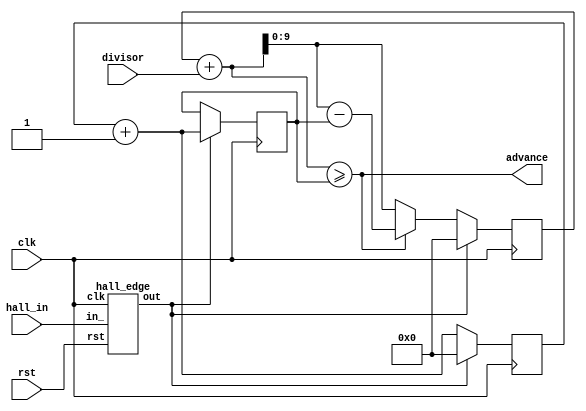
/* Generated by Yosys 0.23 (git sha1 7ce5011c24b) */

module _pulser(rst, hall_in, divisor, advance, clk);
  reg \$auto$verilog_backend.cc:2083:dump_module$1  = 0;
  wire [9:0] \$1 ;
  wire [10:0] \$10 ;
  wire [10:0] \$11 ;
  wire [10:0] \$13 ;
  wire [11:0] \$15 ;
  wire [9:0] \$16 ;
  wire [10:0] \$18 ;
  wire [11:0] \$20 ;
  wire [10:0] \$22 ;
  wire [9:0] \$23 ;
  wire [10:0] \$25 ;
  wire [10:0] \$3 ;
  wire \$5 ;
  wire [10:0] \$7 ;
  wire [10:0] \$8 ;
  reg [9:0] _comparison_signal = 10'h000;
  reg [9:0] \_comparison_signal$next ;
  reg [9:0] _counter = 10'h000;
  reg [9:0] \_counter$next ;
  reg [9:0] _last_total = 10'h000;
  reg [9:0] \_last_total$next ;
  output advance;
  wire advance;
  input clk;
  wire clk;
  input [9:0] divisor;
  wire [9:0] divisor;
  wire hall_edge_in_;
  wire hall_edge_out;
  input hall_in;
  wire hall_in;
  input rst;
  wire rst;
  assign \$11  = _counter + 1'h1;
  assign \$18  = _comparison_signal + \$16 ;
  assign \$20  = \$18  - _last_total;
  assign \$25  = _comparison_signal + \$23 ;
  always @(posedge clk)
    _counter <= \_counter$next ;
  always @(posedge clk)
    _last_total <= \_last_total$next ;
  always @(posedge clk)
    _comparison_signal <= \_comparison_signal$next ;
  assign \$3  = _comparison_signal + \$1 ;
  assign \$5  = \$3  >= _last_total;
  assign \$8  = _counter + 1'h1;
  hall_edge hall_edge (
    .clk(clk),
    .in_(hall_edge_in_),
    .out(hall_edge_out),
    .rst(rst)
  );
  always @* begin
    if (\$auto$verilog_backend.cc:2083:dump_module$1 ) begin end
    (* full_case = 32'd1 *)
    casez (hall_edge_out)
      1'h1:
          \_counter$next  = 10'h000;
      default:
          \_counter$next  = \$8 [9:0];
    endcase
  end
  always @* begin
    if (\$auto$verilog_backend.cc:2083:dump_module$1 ) begin end
    \_last_total$next  = _last_total;
    casez (hall_edge_out)
      1'h1:
          \_last_total$next  = \$13 [9:0];
    endcase
  end
  always @* begin
    if (\$auto$verilog_backend.cc:2083:dump_module$1 ) begin end
    (* full_case = 32'd1 *)
    casez (hall_edge_out)
      1'h1:
          \_comparison_signal$next  = 10'h000;
      default:
          (* full_case = 32'd1 *)
          casez (advance)
            1'h1:
                \_comparison_signal$next  = \$20 [9:0];
            default:
                \_comparison_signal$next  = \$25 [9:0];
          endcase
    endcase
  end
  assign \$7  = \$8 ;
  assign \$10  = \$13 ;
  assign \$15  = \$20 ;
  assign \$22  = \$25 ;
  assign advance = \$5 ;
  assign hall_edge_in_ = hall_in;
  assign \$1  = divisor;
  assign \$13  = \$11 ;
  assign \$16  = divisor;
  assign \$23  = divisor;
endmodule

module controller(rst, hall_in, cs_n, advance, divisor, oe, clk);
  reg \$auto$verilog_backend.cc:2083:dump_module$2  = 0;
  wire \$1 ;
  wire \$11 ;
  wire [6:0] \$13 ;
  wire [6:0] \$14 ;
  wire \$3 ;
  wire \$5 ;
  wire \$7 ;
  wire \$9 ;
  reg [5:0] _count = 6'h00;
  reg [5:0] \_count$next ;
  wire _pulser_advance;
  wire [9:0] _pulser_divisor;
  wire _pulser_hall_in;
  reg _state = 1'h0;
  reg \_state$next ;
  output advance;
  wire advance;
  input clk;
  wire clk;
  input cs_n;
  wire cs_n;
  input [9:0] divisor;
  wire [9:0] divisor;
  wire hall_edge_in_;
  wire hall_edge_out;
  input hall_in;
  wire hall_in;
  output oe;
  wire oe;
  input rst;
  wire rst;
  assign \$9  = _count >= 6'h20;
  assign \$11  = oe & _pulser_advance;
  assign \$14  = _count + 1'h1;
  always @(posedge clk)
    _state <= \_state$next ;
  always @(posedge clk)
    _count <= \_count$next ;
  assign \$1  = _pulser_advance & oe;
  assign \$3  = cs_n & _state;
  assign \$5  = _count < 6'h20;
  assign \$7  = \$3  & \$5 ;
  _pulser _pulser (
    .advance(_pulser_advance),
    .clk(clk),
    .divisor(_pulser_divisor),
    .hall_in(_pulser_hall_in),
    .rst(rst)
  );
  \hall_edge$1  hall_edge (
    .clk(clk),
    .in_(hall_edge_in_),
    .out(hall_edge_out),
    .rst(rst)
  );
  always @* begin
    if (\$auto$verilog_backend.cc:2083:dump_module$2 ) begin end
    \_state$next  = _state;
    (* full_case = 32'd1 *)
    casez (cs_n)
      1'h1:
          casez (hall_edge_out)
            1'h1:
                \_state$next  = 1'h1;
          endcase
      default:
          \_state$next  = 1'h0;
    endcase
  end
  always @* begin
    if (\$auto$verilog_backend.cc:2083:dump_module$2 ) begin end
    \_count$next  = _count;
    (* full_case = 32'd1 *)
    casez (cs_n)
      1'h1:
          casez (hall_edge_out)
            1'h1:
                casez (\$9 )
                  1'h1:
                      \_count$next  = 6'h00;
                endcase
          endcase
      default:
          \_count$next  = 6'h20;
    endcase
    casez (\$11 )
      1'h1:
          \_count$next  = \$14 [5:0];
    endcase
  end
  assign \$13  = \$14 ;
  assign oe = \$7 ;
  assign hall_edge_in_ = hall_in;
  assign advance = \$1 ;
  assign _pulser_divisor = divisor;
  assign _pulser_hall_in = hall_in;
endmodule

module display(rst, cs_n, sck, mosi, hall_in, hall_invert, divisor, leds, clk);
  reg \$auto$verilog_backend.cc:2083:dump_module$3  = 0;
  wire \$1 ;
  wire \$3 ;
  input clk;
  wire clk;
  wire controller_advance;
  wire controller_cs_n;
  reg [9:0] controller_divisor;
  wire controller_hall_in;
  wire controller_oe;
  input cs_n;
  wire cs_n;
  input [1:0] divisor;
  wire [1:0] divisor;
  input hall_in;
  wire hall_in;
  input hall_invert;
  wire hall_invert;
  output [7:0] leds;
  reg [7:0] leds;
  wire mem_advance;
  wire [7:0] mem_in_;
  wire [7:0] mem_out;
  wire mem_write;
  input mosi;
  wire mosi;
  input rst;
  wire rst;
  input sck;
  wire sck;
  wire spi_cs_n;
  wire [7:0] spi_data;
  wire spi_mosi;
  wire spi_sck;
  wire spi_we;
  assign \$1  = hall_in ^ hall_invert;
  assign \$3  = controller_advance | spi_we;
  controller controller (
    .advance(controller_advance),
    .clk(clk),
    .cs_n(controller_cs_n),
    .divisor(controller_divisor),
    .hall_in(controller_hall_in),
    .oe(controller_oe),
    .rst(rst)
  );
  mem mem (
    .advance(mem_advance),
    .clk(clk),
    .in_(mem_in_),
    .out(mem_out),
    .rst(rst),
    .write(mem_write)
  );
  spi spi (
    .clk(clk),
    .cs_n(spi_cs_n),
    .data(spi_data),
    .mosi(spi_mosi),
    .rst(rst),
    .sck(spi_sck),
    .we(spi_we)
  );
  always @* begin
    if (\$auto$verilog_backend.cc:2083:dump_module$3 ) begin end
    (* full_case = 32'd1 *)
    casez (divisor)
      2'h0:
          controller_divisor = 10'h030;
      2'h1:
          controller_divisor = 10'h040;
      2'h2:
          controller_divisor = 10'h060;
      2'h3:
          controller_divisor = 10'h080;
    endcase
  end
  always @* begin
    if (\$auto$verilog_backend.cc:2083:dump_module$3 ) begin end
    (* full_case = 32'd1 *)
    casez (controller_oe)
      1'h1:
          leds = mem_out;
      default:
          leds = 8'h00;
    endcase
  end
  assign mem_advance = \$3 ;
  assign mem_write = spi_we;
  assign mem_in_ = spi_data;
  assign controller_cs_n = cs_n;
  assign controller_hall_in = \$1 ;
  assign spi_mosi = mosi;
  assign spi_sck = sck;
  assign spi_cs_n = cs_n;
endmodule

module dratini0_pov_display_top(io_out, io_in);
  wire display_clk;
  wire display_cs_n;
  wire [1:0] display_divisor;
  wire display_hall_in;
  wire display_hall_invert;
  wire [7:0] display_leds;
  wire display_mosi;
  wire display_rst;
  wire display_sck;
  input [7:0] io_in;
  wire [7:0] io_in;
  output [7:0] io_out;
  wire [7:0] io_out;
  display display (
    .clk(display_clk),
    .cs_n(display_cs_n),
    .divisor(display_divisor),
    .hall_in(display_hall_in),
    .hall_invert(display_hall_invert),
    .leds(display_leds),
    .mosi(display_mosi),
    .rst(1'h0),
    .sck(display_sck)
  );
  assign io_out = display_leds;
  assign display_divisor = io_in[7:6];
  assign display_hall_invert = io_in[5];
  assign display_hall_in = io_in[4];
  assign display_mosi = io_in[3];
  assign display_sck = io_in[2];
  assign display_cs_n = io_in[1];
  assign display_rst = 1'h0;
  assign display_clk = io_in[0];
endmodule

module hall_edge(rst, in_, out, clk);
  wire \$1 ;
  wire \$3 ;
  input clk;
  wire clk;
  input in_;
  wire in_;
  reg last_in = 1'h0;
  wire \last_in$next ;
  output out;
  wire out;
  input rst;
  wire rst;
  assign \$1  = ~ last_in;
  assign \$3  = in_ & \$1 ;
  always @(posedge clk)
    last_in <= \last_in$next ;
  assign out = \$3 ;
  assign \last_in$next  = in_;
endmodule

module \hall_edge$1 (rst, in_, out, clk);
  wire \$1 ;
  wire \$3 ;
  input clk;
  wire clk;
  input in_;
  wire in_;
  reg last_in = 1'h0;
  wire \last_in$next ;
  output out;
  wire out;
  input rst;
  wire rst;
  assign \$1  = ~ last_in;
  assign \$3  = in_ & \$1 ;
  always @(posedge clk)
    last_in <= \last_in$next ;
  assign out = \$3 ;
  assign \last_in$next  = in_;
endmodule

module mem(rst, in_, write, advance, out, clk);
  reg \$auto$verilog_backend.cc:2083:dump_module$4  = 0;
  reg [255:0] _state = 256'h0000000000000000000000000000000000000000000000000000000000000000;
  reg [255:0] \_state$next ;
  input advance;
  wire advance;
  input clk;
  wire clk;
  input [7:0] in_;
  wire [7:0] in_;
  output [7:0] out;
  wire [7:0] out;
  input rst;
  wire rst;
  input write;
  wire write;
  always @(posedge clk)
    _state <= \_state$next ;
  always @* begin
    if (\$auto$verilog_backend.cc:2083:dump_module$4 ) begin end
    \_state$next  = _state;
    casez (advance)
      1'h1:
        begin
          \_state$next [255:8] = _state[247:0];
          (* full_case = 32'd1 *)
          casez (write)
            1'h1:
                \_state$next [7:0] = in_;
            default:
                \_state$next [7:0] = out;
          endcase
        end
    endcase
  end
  assign out = _state[255:248];
endmodule

module sck_edge(rst, in_, out, clk);
  wire \$1 ;
  wire \$3 ;
  input clk;
  wire clk;
  input in_;
  wire in_;
  reg last_in = 1'h0;
  wire \last_in$next ;
  output out;
  wire out;
  input rst;
  wire rst;
  assign \$1  = ~ last_in;
  assign \$3  = in_ & \$1 ;
  always @(posedge clk)
    last_in <= \last_in$next ;
  assign out = \$3 ;
  assign \last_in$next  = in_;
endmodule

module spi(rst, cs_n, sck, mosi, data, we, clk);
  reg \$auto$verilog_backend.cc:2083:dump_module$5  = 0;
  wire \$1 ;
  wire \$12 ;
  wire \$14 ;
  wire [9:0] \$16 ;
  wire [9:0] \$17 ;
  wire \$19 ;
  wire \$21 ;
  wire \$23 ;
  wire \$25 ;
  wire \$3 ;
  wire [3:0] \$5 ;
  wire [3:0] \$6 ;
  wire \$8 ;
  wire \$9 ;
  reg [2:0] _bit_index = 3'h0;
  reg [2:0] \_bit_index$next ;
  input clk;
  wire clk;
  input cs_n;
  wire cs_n;
  output [7:0] data;
  reg [7:0] data = 8'h00;
  reg [7:0] \data$next ;
  input mosi;
  wire mosi;
  input rst;
  wire rst;
  input sck;
  wire sck;
  wire sck_edge_in_;
  wire sck_edge_out;
  output we;
  reg we = 1'h0;
  wire \we$next ;
  assign \$9  = ~ cs_n;
  assign \$12  = ~ cs_n;
  assign \$14  = \$12  & sck_edge_out;
  assign \$17  = { data, 1'h0 } + mosi;
  assign \$1  = ~ cs_n;
  assign \$19  = ~ cs_n;
  assign \$21  = \$19  & sck_edge_out;
  assign \$23  = _bit_index == 3'h7;
  assign \$25  = \$21  & \$23 ;
  always @(posedge clk)
    _bit_index <= \_bit_index$next ;
  always @(posedge clk)
    data <= \data$next ;
  always @(posedge clk)
    we <= \we$next ;
  assign \$3  = \$1  & sck_edge_out;
  assign \$6  = _bit_index + 1'h1;
  sck_edge sck_edge (
    .clk(clk),
    .in_(sck_edge_in_),
    .out(sck_edge_out),
    .rst(rst)
  );
  always @* begin
    if (\$auto$verilog_backend.cc:2083:dump_module$5 ) begin end
    \_bit_index$next  = _bit_index;
    casez (\$3 )
      1'h1:
          \_bit_index$next  = \$6 [2:0];
    endcase
    casez (\$8 )
      1'h1:
          \_bit_index$next  = 3'h0;
    endcase
  end
  always @* begin
    if (\$auto$verilog_backend.cc:2083:dump_module$5 ) begin end
    \data$next  = data;
    casez (\$14 )
      1'h1:
          \data$next  = \$17 [7:0];
    endcase
  end
  assign \$5  = \$6 ;
  assign \$16  = \$17 ;
  assign \we$next  = \$25 ;
  assign sck_edge_in_ = sck;
  assign \$8  = cs_n;
endmodule